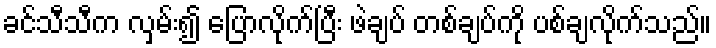
ခင်သီသီက လှမ်း၍ ပြောလိုက်ပြီး ဖဲချပ် တစ်ချပ်ကို ပစ်ချလိုက်သည်။